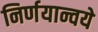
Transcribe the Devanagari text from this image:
निर्णयान्वये